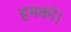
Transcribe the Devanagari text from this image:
हमको।